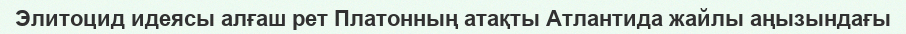
Элитоцид идеясы алғаш рет Платонның атақты Атлантида жайлы аңызындағы